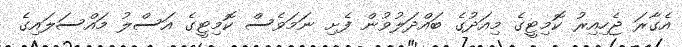
އެގާރަ ޖެހިއިރު ކޮމިޓީގެ މިއަދުގެ ބައްދަލުވުން ފެށި ނަމަވެސް ކޮމިޓީގެ އަސްލު މައްސަލައިގެ